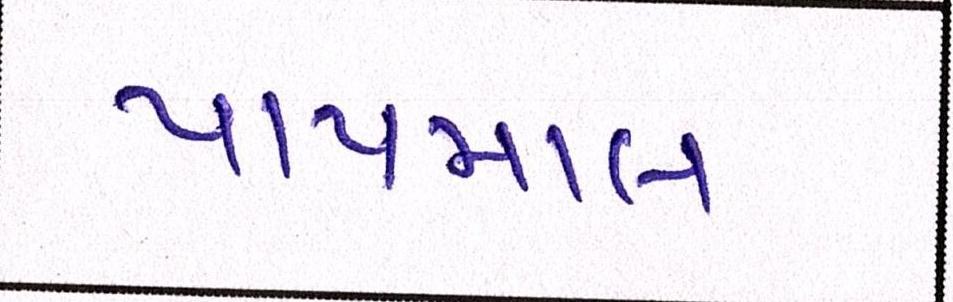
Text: પાયમાલ